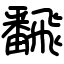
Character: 飜